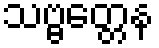
သဗ္ဗတ္တေန